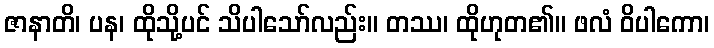
ဇာနာတိ၊ ပန၊ ထိုသို့ပင် သိပါသော်လည်း။ တဿ၊ ထိုဟုတ၏။ ဖလံ ဝိပါကော၊